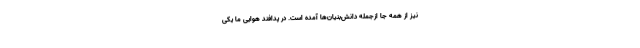
نیز از همه جا ازجمله دانش‌بنیان‌ها آمده است. در پدافند هوایی ما یکی